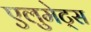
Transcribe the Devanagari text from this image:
एलुमेट्स